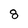
Character: 8